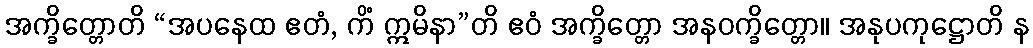
အက္ခိတ္တောတိ “အပနေထ ဧတံ, ကိံ ဣမိနာ”တိ ဧဝံ အက္ခိတ္တော အနဝက္ခိတ္တော။ အနုပကုဋ္ဌောတိ န